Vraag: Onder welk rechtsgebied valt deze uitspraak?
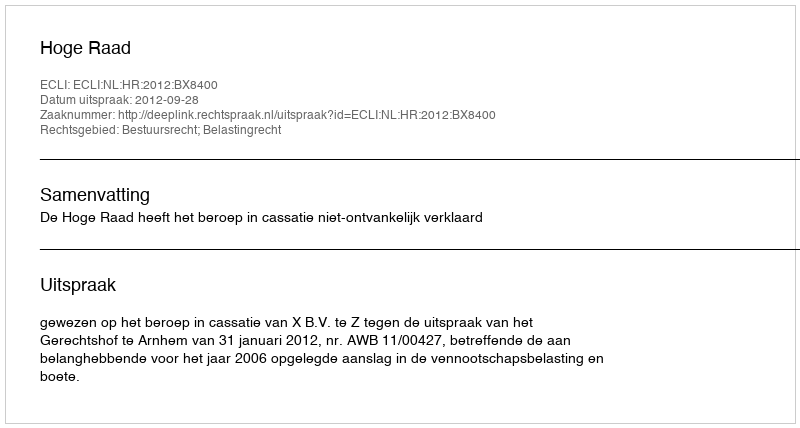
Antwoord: Bestuursrecht; Belastingrecht